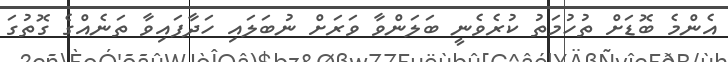
އެންމެ ބޮޑަށް ތުހުމަތު ކުރެވެނީ ބަލަންވާ ވަރަށް ނުބަލައި ހަދާފައިވާ ތަނެއްގެ ގޮތުގަ